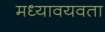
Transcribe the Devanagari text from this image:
मध्यावयवता